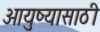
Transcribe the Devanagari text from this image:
आयुष्यासाठी